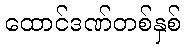
ထောင်ဒဏ်တစ်နှစ်